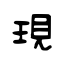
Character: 現